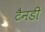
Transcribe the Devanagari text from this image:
टैनडी